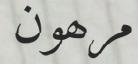
مرھون